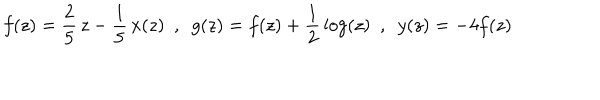
f ( z ) = \frac { 2 } { 5 } \, z - \frac { 1 } { 5 } \, x ( z ) ~ ~ , ~ ~ g ( z ) = f ( z ) + \frac { 1 } { 2 } \, \log ( z ) ~ ~ , ~ ~ y ( z ) = - 4 f ( z )